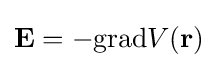
{\textstyle {\textbf {E}}=-\mathrm {grad} V({\textbf {r}})}